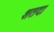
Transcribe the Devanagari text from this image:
शतदा